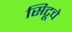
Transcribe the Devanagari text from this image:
सिटूचे